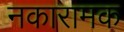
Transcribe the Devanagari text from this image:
नकारामक